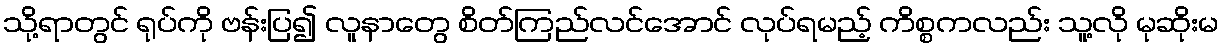
သို့ရာတွင် ရုပ်ကို ဗန်းပြ၍ လူနာတွေ စိတ်ကြည်လင်အောင် လုပ်ရမည့် ကိစ္စကလည်း သူ့လို မုဆိုးမ